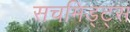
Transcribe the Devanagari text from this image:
सचमिड्ट्स